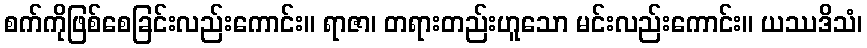
စက်ကိုဖြစ်စေခြင်းလည်းကောင်း။ ရာဇာ၊ တရားတည်းဟူသော မင်းလည်းကောင်း။ ယဿဒိသံ၊